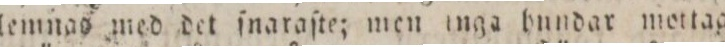
aflemnas med det ſnaraſte; men inga bundar mottagas,